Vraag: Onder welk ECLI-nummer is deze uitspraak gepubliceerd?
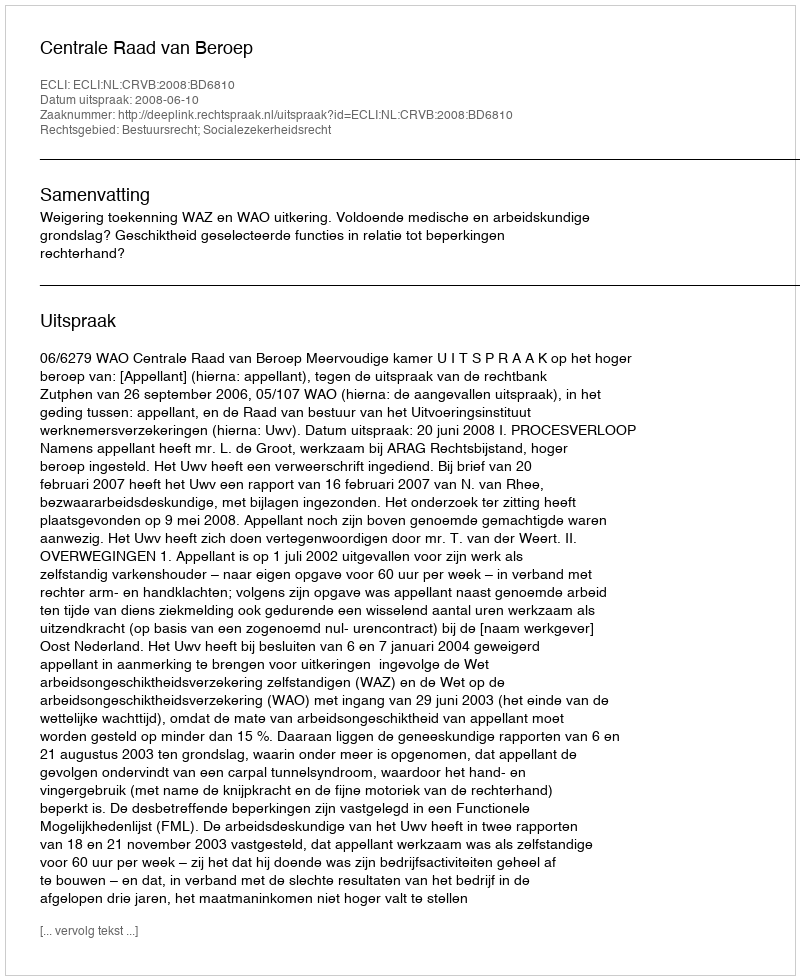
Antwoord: ECLI:NL:CRVB:2008:BD6810